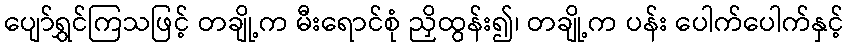
ပျော်ရွှင်ကြသဖြင့် တချို့က မီးရောင်စုံ ညှိထွန်း၍၊ တချို့က ပန်း ပေါက်ပေါက်နှင့်